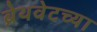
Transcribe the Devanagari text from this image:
ब्रेथवेटच्या